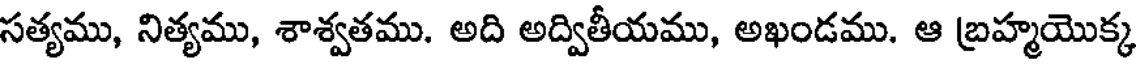
సత్యము, నిత్యము, శాశ్వతము. అది అద్వితీయము, అఖండము. ఆ బ్రహ్మయొక్క